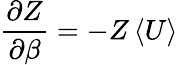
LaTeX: \frac{\partial Z}{\partial\beta}=-Z\left<U\right>